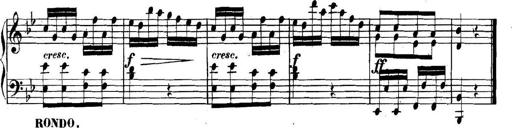
Title: Collected Piano Sonatas
Composer: Muzio Clementi